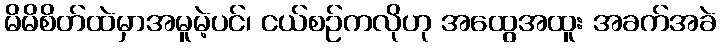
မိမိစိတ်ထဲမှာအမူမဲ့ပင်၊ ငယ်စဉ်ကလိုဟု အထွေအထူး အခက်အခဲ